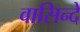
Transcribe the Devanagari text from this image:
वासिन्दे